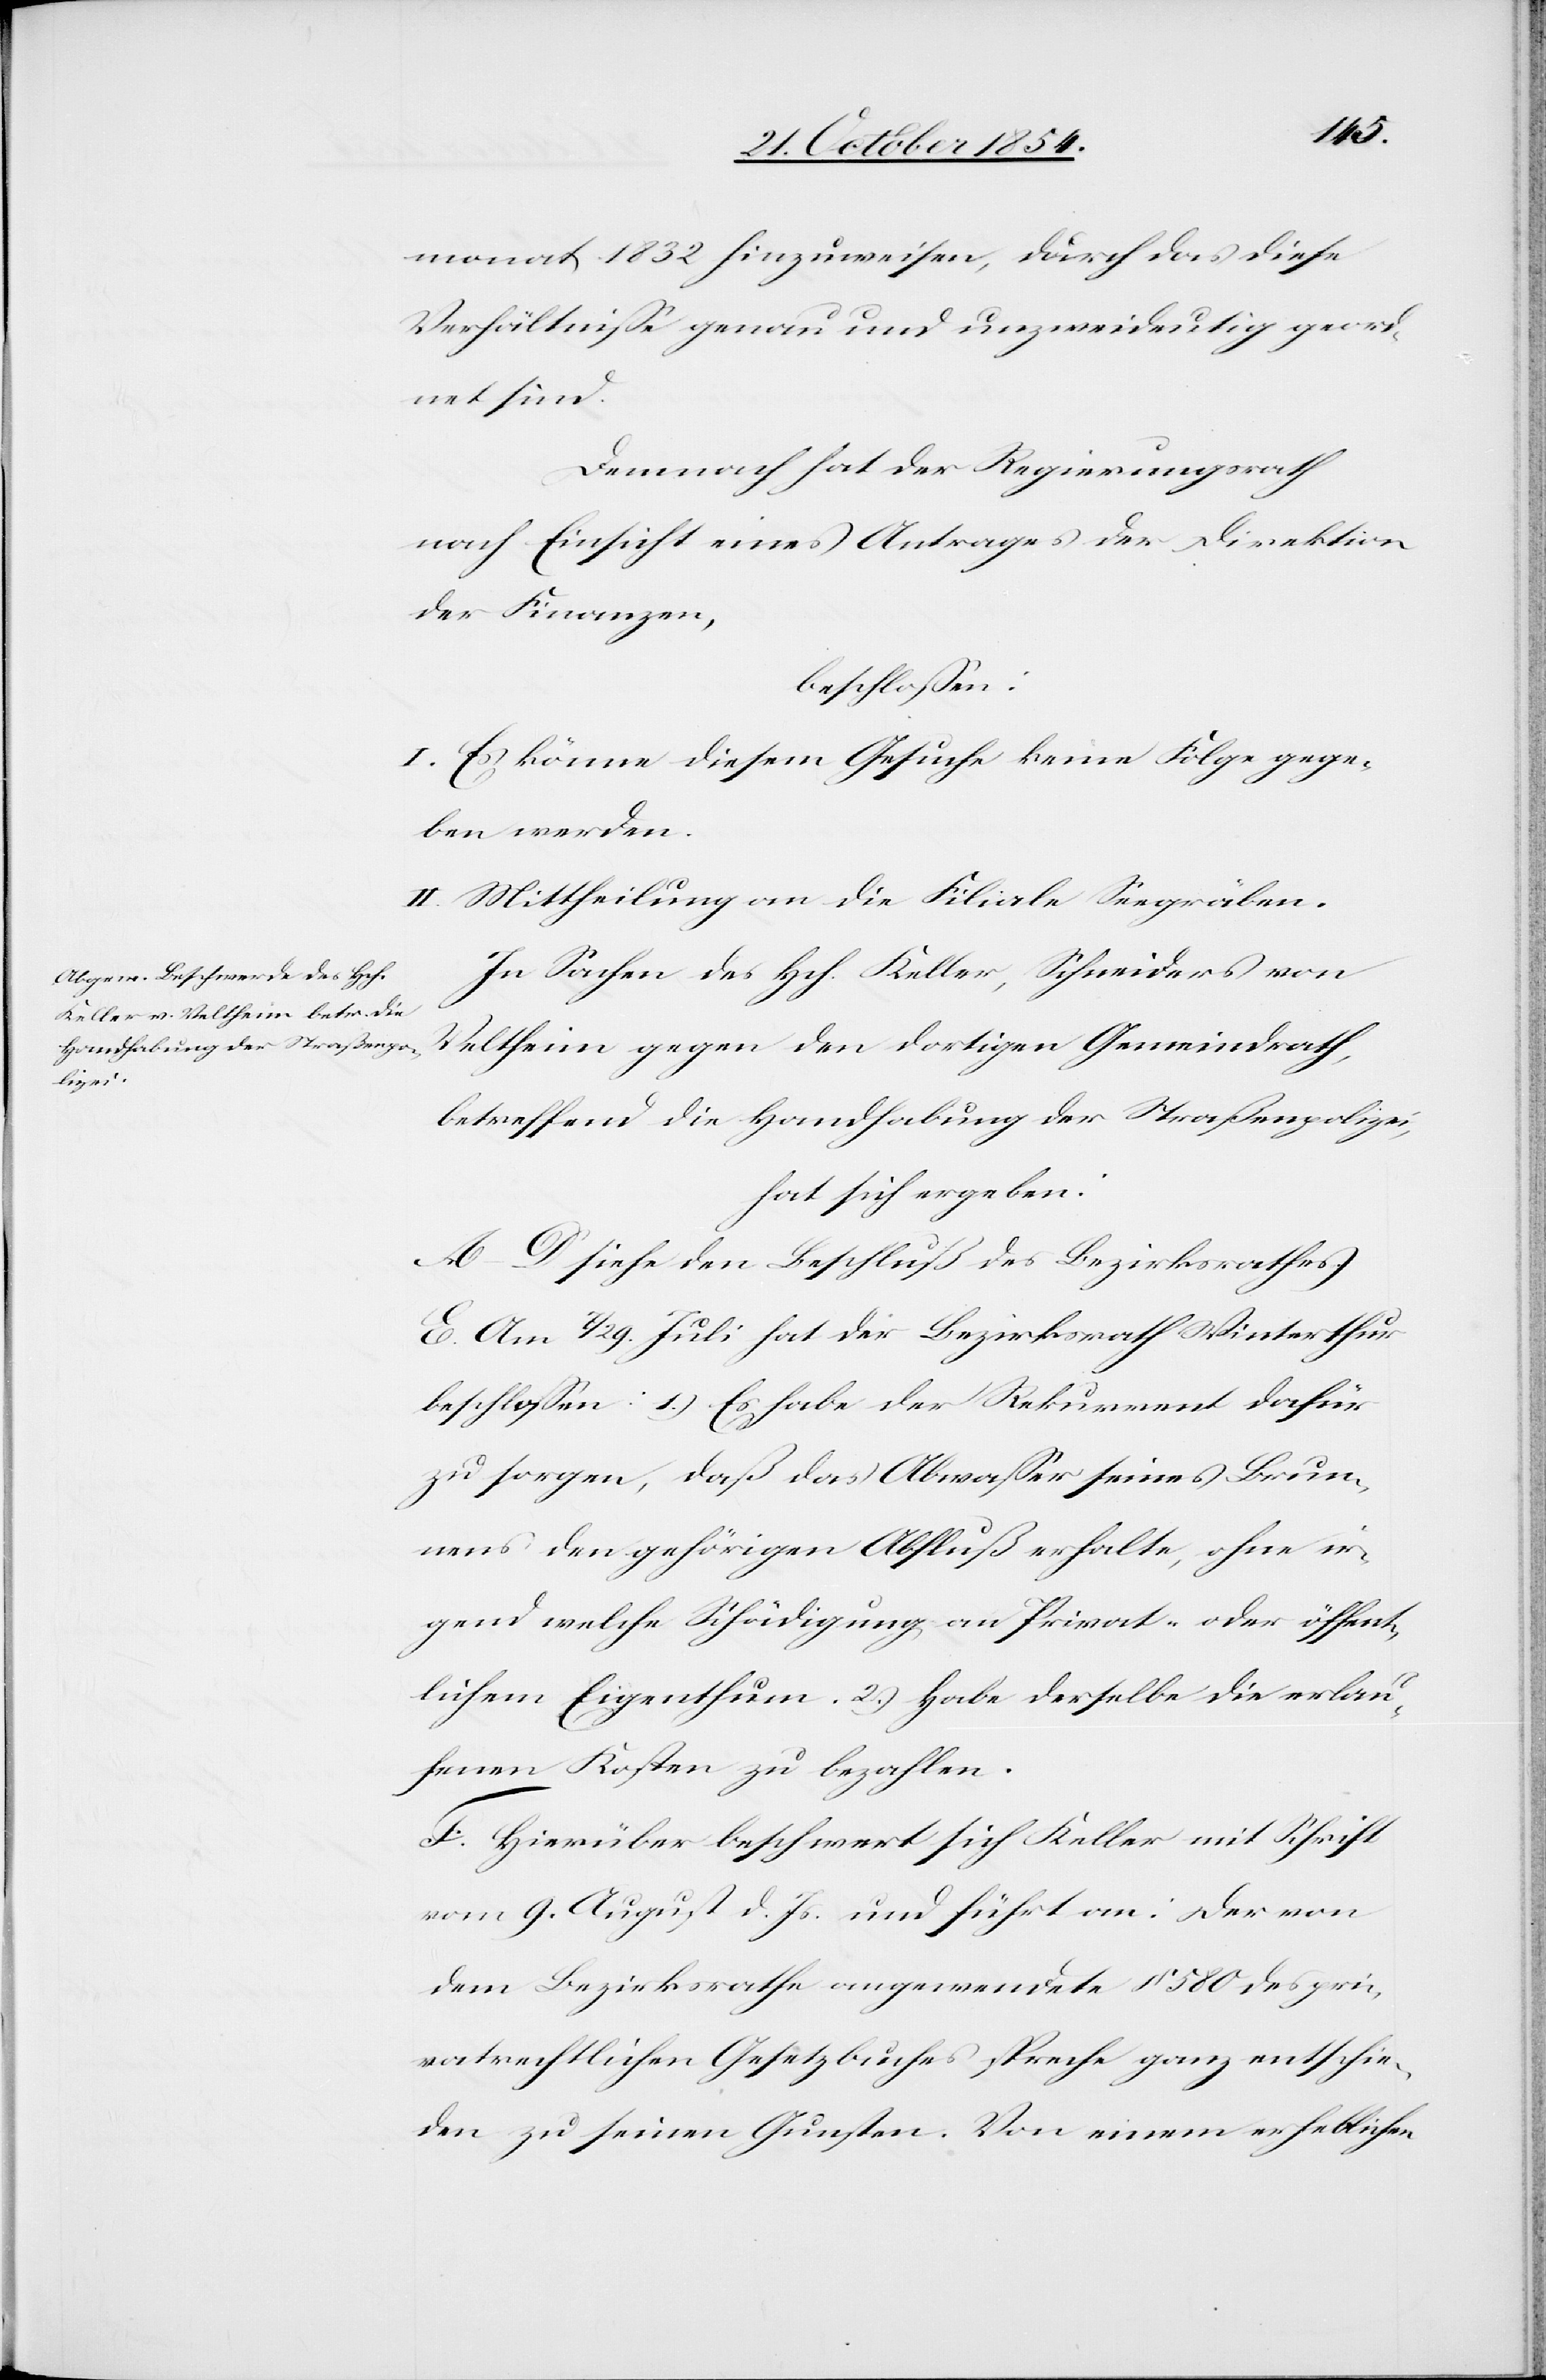
monat 1832 hinzuweisen, durch das diese
Verhältniße genau und unzweideutig geord¬
net sind.
Demnach hat der Regierungsrath
nach Einsicht eines Antrages der Direktion
der Finanzen,
beschloßen:
I. Es könne diesem Gesuche keine Folge gege¬
ben werden.
II. Mittheilung an die Filiale Seegräben.
In Sachen des Hch. Keller, Schneiders von
Veltheim gegen den dortigen Gemeindrath,
betreffend die Handhabung der Straßenpolizei,
hat sich ergeben:
A–D. siehe den Beschluß des Bezirksrathes.
E. Am 7/29. Juli hat der Bezirksrath Winterthur
beschloßen: 1.) Es habe der Rekurrent dafür
zu sorgen, daß das Abwaßer seines Brun¬
nens den gehörigen Abfluß erhalte, ohne ir¬
gend welche Schädigung an Privat- oder öffent¬
lichem Eigenthum. 2.) Habe derselbe die erlau¬
fenen Kosten zu bezahlen.
F. Hierüber beschwert sich Keller mit Schrift
vom 9. August d. Js. und führt an. Der von
dem Bezirksrathe angewendete § 580 des pri¬
vatrechtlichen Gesetzbuches spreche ganz entschie¬
den zu seinen Gunsten. Von einem erheblichen